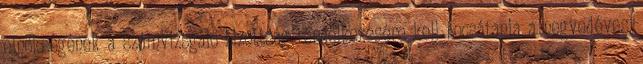
elnökségének a számvizsgáló bizottság rendelkezésére kell bocsátania a negyedéves,